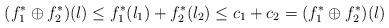
LaTeX: \begin{align*} (f_1^*\oplus f_2^*)(l) \leq f_1^*(l_1)+f_2^*(l_2)\leq c_1+ c_2 =(f_1^*\oplus f_2^*)(l) \end{align*}